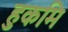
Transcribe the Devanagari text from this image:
हुकमि